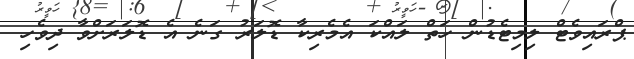
ޕްރައިވެޓް ލިމިޓެޑުން ހަތް ލައްކަ އެމެރިކާ ޑޮލަރު ގަނެ އެ ޑޮލަރަށްވާ ދިވެހި